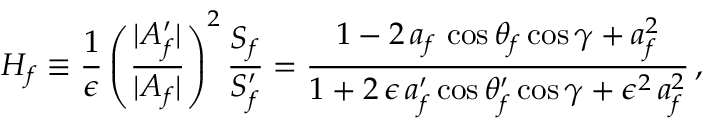
H _ { f } \equiv \frac { 1 } { \epsilon } \left( \frac { | { \cal A } _ { f } ^ { \prime } | } { | { \cal A } _ { f } | } \right) ^ { 2 } \frac { S _ { f } } { S _ { f } ^ { \prime } } = \frac { 1 - 2 \, a _ { f } \, \cos \theta _ { f } \cos \gamma + a _ { f } ^ { 2 } } { 1 + 2 \, \epsilon \, a _ { f } ^ { \prime } \cos \theta _ { f } ^ { \prime } \cos \gamma + \epsilon ^ { 2 } \, a _ { f } ^ { 2 } } \, ,